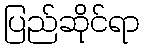
ပြည်ဆိုင်ရာ